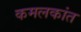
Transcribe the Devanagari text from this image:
कमलकांत